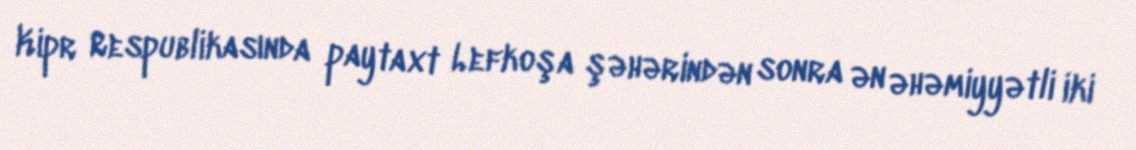
Kipr Respublikasında paytaxt Lefkoşa şəhərindən sonra ən əhəmiyyətli iki